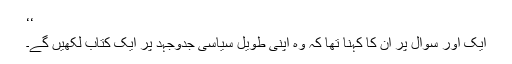
‘‘
ایک اور سوال پر ان کا کہنا تھا کہ وہ اپنی طویل سیاسی جدوجہد پر ایک کتاب لکھیں گے۔